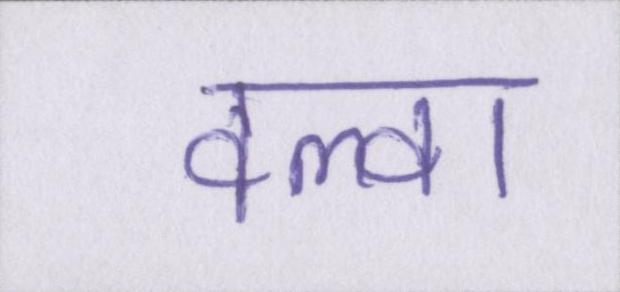
वल्वा